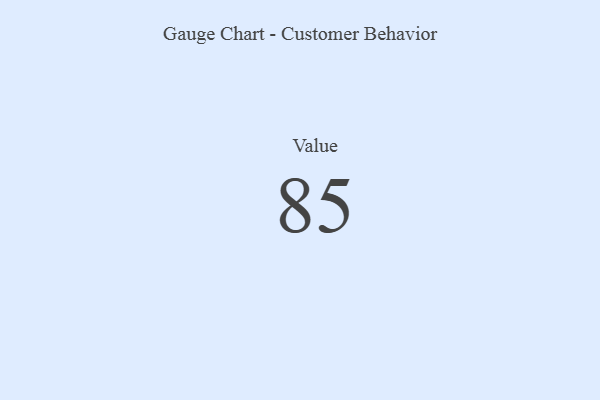
{"axis": {"x": "Metric", "y": "Value"}, "legend": [""], "data": [{"x": "Value", "y": 85, "type": ""}]}